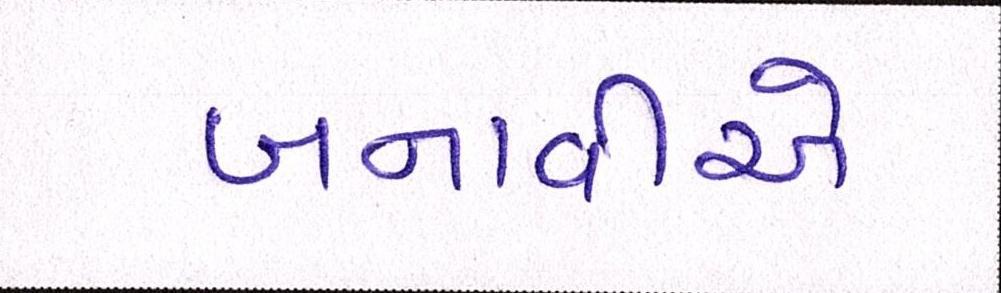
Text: બનાવીએ